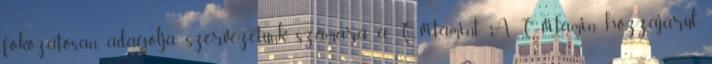
fokozatosan adagolja szervezetünk számára a C-vitamint. A C-vitamin hozzájárul